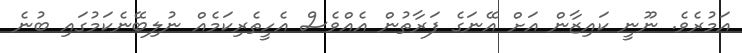
އަމުރެވެ. ނޫނީ ކައިޒާން އަށް އޭނަގެ ފަރާތުން އެއްވެސް އެހީތެރިކަމެއް ނުލިބޭނެކަމުގައި ބުނެ